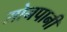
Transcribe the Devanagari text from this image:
सोनपानी